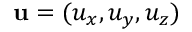
\mathbf { u } = ( u _ { x } , u _ { y } , u _ { z } )